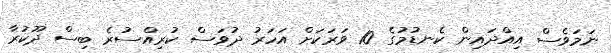
ނަމަވެސް އިއްދައިން ކެނޑުމުގެ 10 ވަރަކަށް އަހަރު ދުވަސް ކުރިއްސުރެ ބިސް ދޫކުރާ